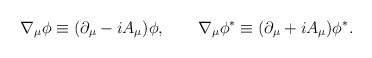
\begin{align*}\nabla _{\mu }\phi \equiv (\partial _{\mu }-iA_{\mu })\phi ,\qquad \nabla_{\mu }\phi ^{*}\equiv (\partial _{\mu }+iA_{\mu })\phi ^{*}. \end{align*}